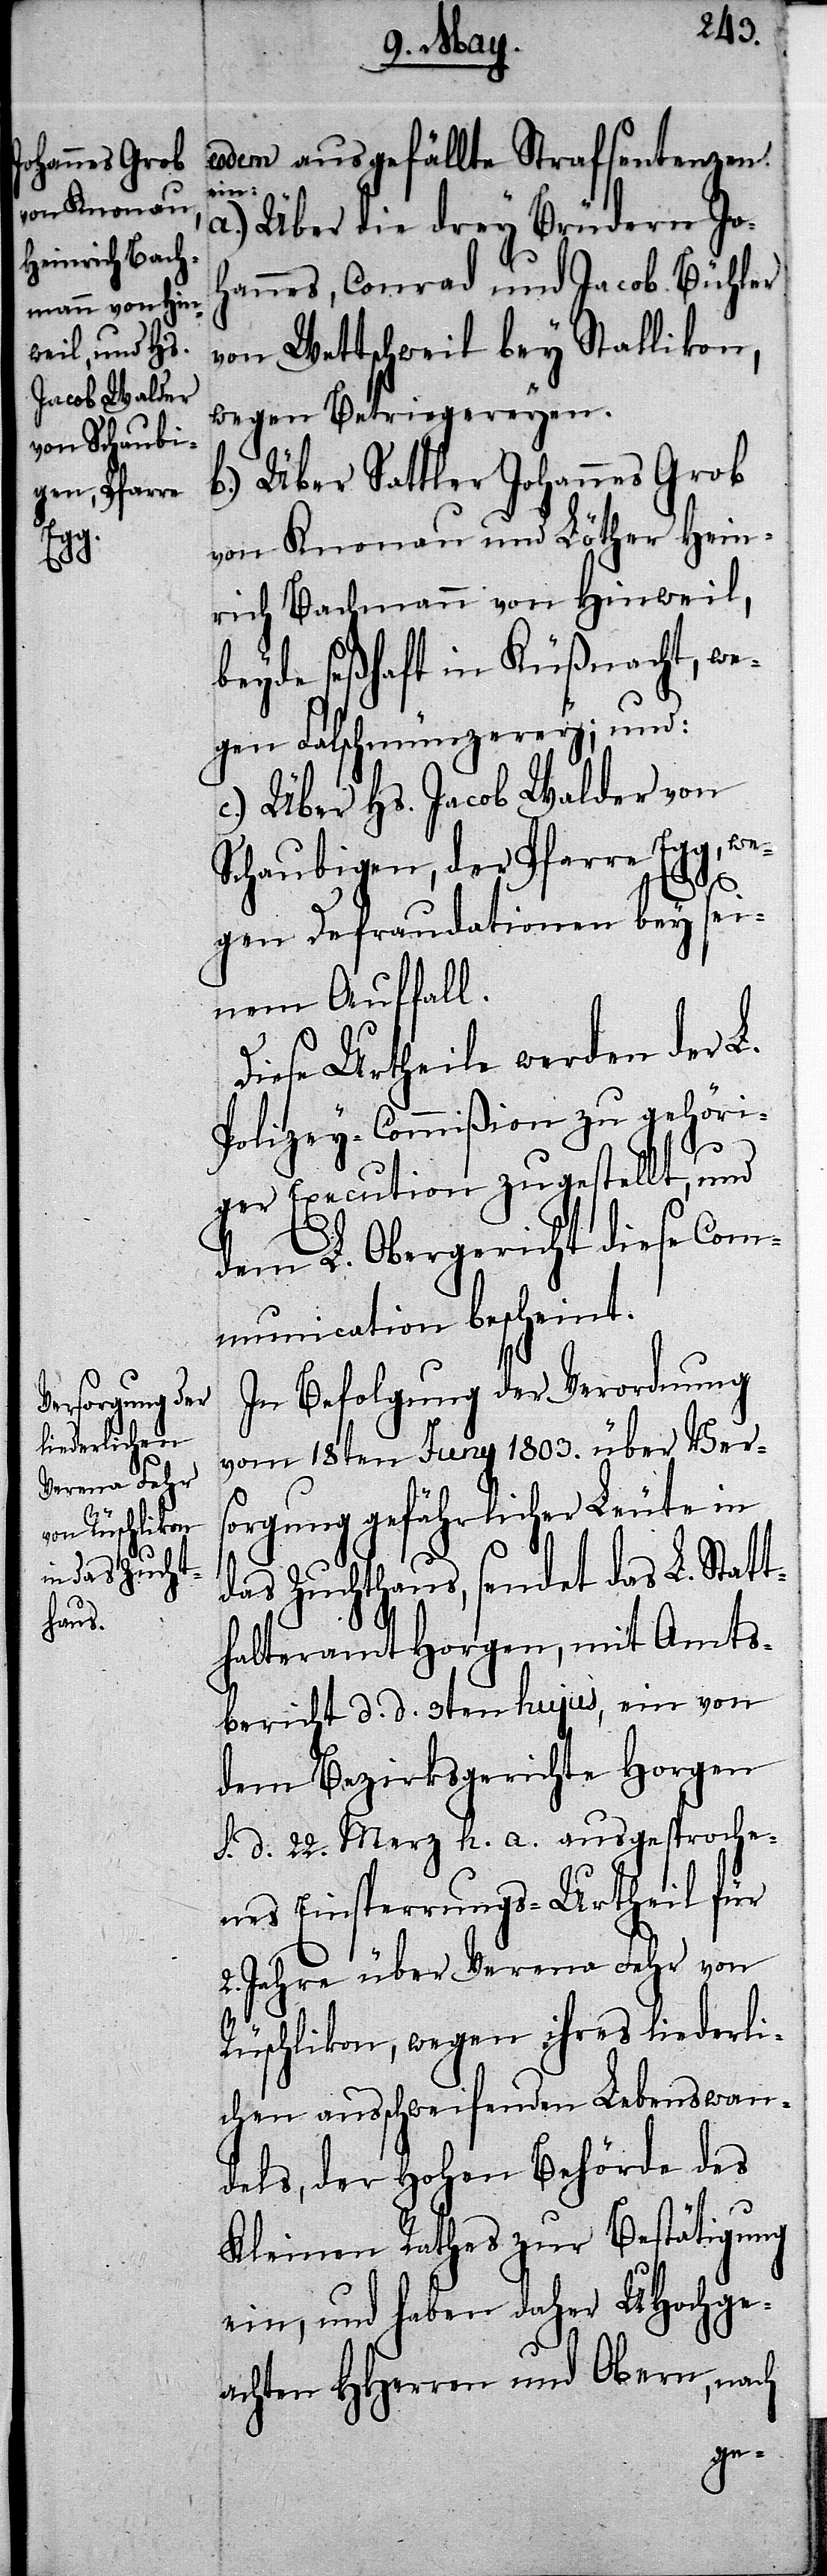
eodem ausgefällte Strafsentenzen
ein:
a.) Über die drey Brüdern Jo¬
hannes, Conrad und Jacob Bühler
von Wettschweil bey Stallikon,
wegen Betriegereyen.
b.) Über Sattler Johannes Grob
von Knonau und Löther Hein¬
rich Bachmann von Hinweil,
beyde seßhaft in Küßnacht, we¬
gen Falschmünzerey; und:
c.) Über Hs. Jacob Walder von
Schaubigen, der Pfarre Egg, we¬
gen Defraudationen bey sei¬
nem Auffall.
Diese Urtheile werden der L.
Polizey-Commißion zu gehöri¬
ger Execution zugestellt, und
dem L. Obergericht diese Com¬
munication bescheint.
In Befolgung der Verordnung
vom 18ten Juny 1803. über Ver¬
sorgung gefährlicher Leute in
das Zuchthaus, sendet das L. Stat¬
thalteramt Horgen, mit Amts¬
bericht d. d. 3ten hujus, ein von
dem Bezirksgerichte Horgen
s. d. 22. Merz h. a. ausgesproche¬
nes Einsperrungs-Urtheil für
2. Jahre über Verena Fehr von
Rüschlikon, wegen ihres liederli¬
chen ausschweifenden Lebenswan¬
dels, der Hohen Behörde des
Kleinen Rathes zur Bestätigung
ein, und haben daher UHochge¬
achten HHerren und Obern, nach